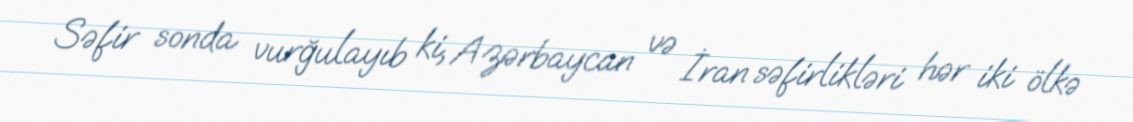
Səfir sonda vurğulayıb ki, Azərbaycan və İran səfirlikləri hər iki ölkə